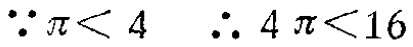
\(\because \pi< 4 \ \ \therefore 4\pi<16\)